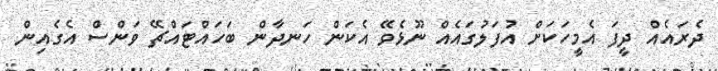
ދެރައެއް ދީފަ އެމީހަކަށް އުފަލުގައެއް ނޫޅެވޭ އެކަން ހަނދާން ބަހައްޓައްޗޭ ވަންްސް އެގެއިން